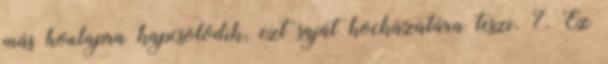
más honlapra kapcsolódik, ezt saját kockázatára teszi. 7. Ez